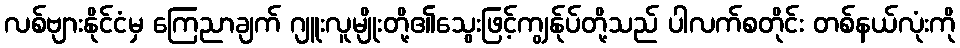
လစ်ဗျားနိုင်ငံမှ ကြေညာချက် ဂျူးလူမျိုးတို့၏သွေးဖြင့်ကျွန်ုပ်တို့သည် ပါလက်စတိုင်း တစ်နယ်လုံးကို